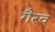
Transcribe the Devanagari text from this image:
गैरव